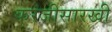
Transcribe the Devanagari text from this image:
करंजीसारखी